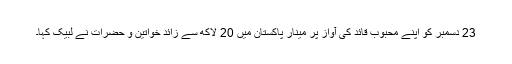
23 دسمبر کو اپنے محبوب قائد کی آواز پر مینار پاکستان میں 20 لاکھ سے زائد خواتین و حضرات نے لبیک کہا۔